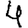
Digit: 4